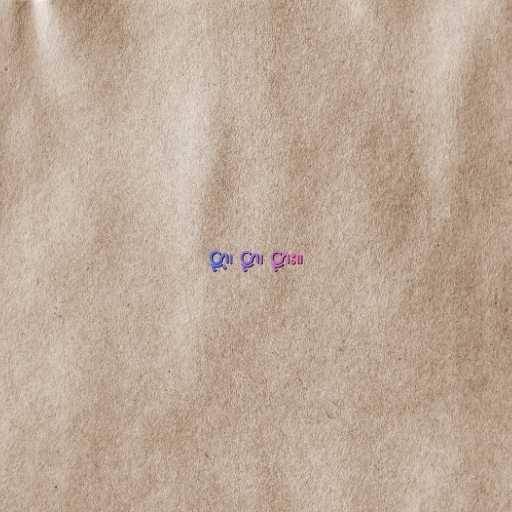
ဠာ့၊ ဠာ၊ ဠား။